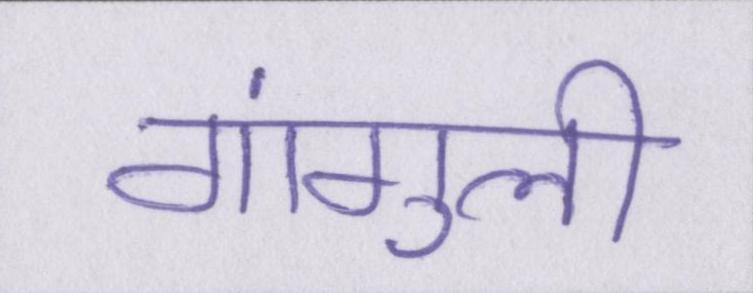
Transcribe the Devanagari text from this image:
गांगुली